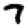
Digit: 7